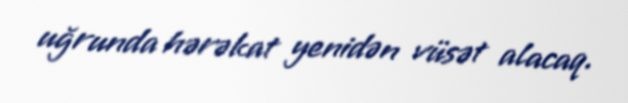
uğrunda hərəkat yenidən vüsət alacaq.